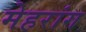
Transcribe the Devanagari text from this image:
मेहरांग